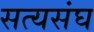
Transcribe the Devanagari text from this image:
सत्यसंघ